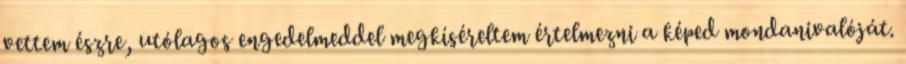
vettem észre, utólagos engedelmeddel megkíséreltem értelmezni a képed mondanivalóját.